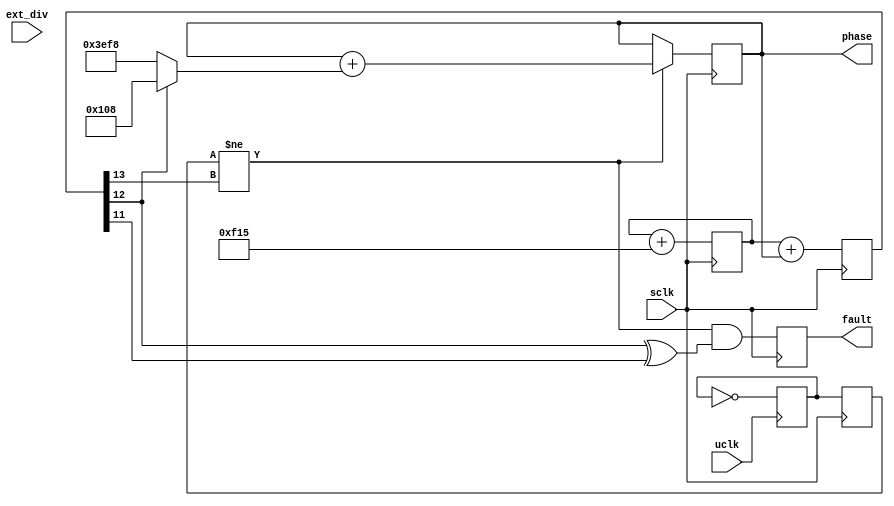
// Digital phase-locked-loop tracker

// At least in this application, the sampling clock is not phase-locked
// to the clocks of interest.  So a binary phase accumulator is as good
// as any, and it makes the arithmetic for subtracting the two results
// (from the two unknown clocks) easy.

`timescale 1ns / 1ns

module phaset #(
	parameter order=1,
	parameter dw=14,
	parameter adv=3861,
	parameter delta=264,  // 8*33
	parameter ext_div_en=0
) (
	input uclk,
	input sclk,
	input ext_div,
	output [dw-1:0] phase,
	output fault  // single cycle
);

// _Still_ draw analogy to the AD9901
// Generalize to a Johnson counter
reg [order-1:0] ishr=0;
always @(posedge uclk) ishr <= (ishr << 1) | {{order-1{1'b0}},~ishr[order-1]};
wire div = ishr[0];
//reg div=0; always @(posedge uclk) div <= ~div;

// Test bench fails for some initial phase_r values between 14900 and 15050.
// In that case the fault output signals the problem.
reg [dw-1:0] osc=0, acc=0, phase_r=0;
reg capture=0;
reg fault_r=0;
wire msb = acc[dw-1];
wire nsb = acc[dw-2];
wire peak = acc[dw-2] ^ acc[dw-3];  // peak of virtual sine wave
wire move = capture != msb;
wire dir  = ~nsb;
wire dn = move &  dir;
wire up = move & ~dir;
always @(posedge sclk) begin
	capture <= ext_div_en ? ext_div : div;
	if (move) phase_r <= phase_r + (dir ? -delta : delta);
	fault_r <= move & peak;
	osc <= osc + adv;
	acc <= osc + phase_r;
end
assign phase = phase_r;
assign fault = fault_r;

endmodule